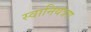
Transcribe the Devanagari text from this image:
स्वानियंत्रण